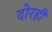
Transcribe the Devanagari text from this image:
दोरही